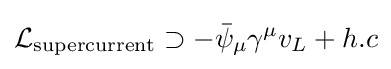
{\mathcal {L}}_{\text{supercurrent}}\supset -{\bar {\psi }}_{\mu }\gamma ^{\mu }v_{L}+h.c